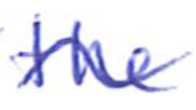
Text: the
Cross-out: wave
Writing tool: ballpoint